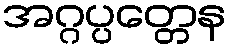
အဂ္ဂပ္ပတ္တေန